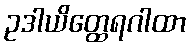
ဥဒါယိတ္ထေရဂါထာ